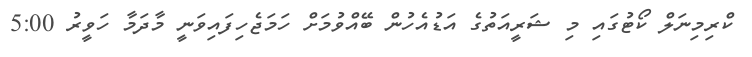
ކްރިމިނަލް ކޯޓުގައި މި ޝަރީއަތުގެ އަޑުއެހުން ބޭއްވުމަށް ހަމަޖެހިފައިވަނީ މާދަމާ ހަވީރު 5:00